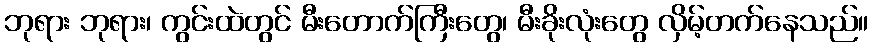
ဘုရား ဘုရား၊ ကွင်းထဲတွင် မီးတောက်ကြီးတွေ၊ မီးခိုးလုံးတွေ လှိမ့်တက်နေသည်။